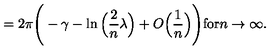
= 2 \pi \Bigg ( - \gamma - \ln \Big ( \frac { 2 } { n } \lambda \Big ) + O \Big ( \frac { 1 } { n } \Big ) \Bigg ) \mathrm { f o r } n \rightarrow \infty .